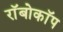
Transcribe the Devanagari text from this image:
राॅबोकाॅप